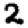
Digit: 2